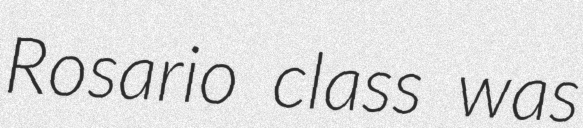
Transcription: Rosario class was